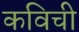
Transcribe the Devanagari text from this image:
कविची